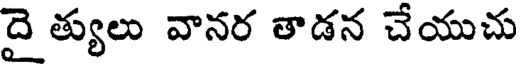
దై త్యులు వానర తాడన చేయుచు